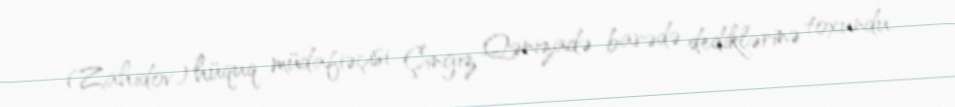
(Zahidov) hüquq müdafiəçisi Çingiz Qənizadə barədə dediklərinə toxundu.